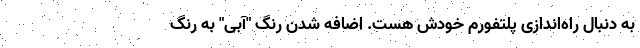
به دنبال راه‌اندازی پلتفورم خودش هست. اضافه شدن رنگ "آبی" به رنگ‌